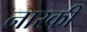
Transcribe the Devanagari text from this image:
नारकी